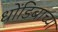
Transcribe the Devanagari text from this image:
धोंडिबाच्या